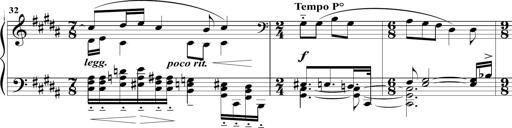
Title: Sonatine MÃ©lancolique
Composer: Julian Raoul Besset